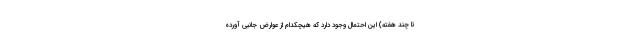
تا چند هفته) این احتمال وجود دارد که هیچکدام از عوارض جانبی آورده